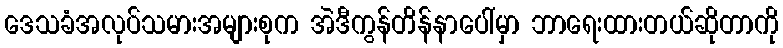
ဒေသခံအလုပ်သမားအများစုက အဲဒီကွန်တိန်နာပေါ်မှာ ဘာရေးထားတယ်ဆိုတာကို